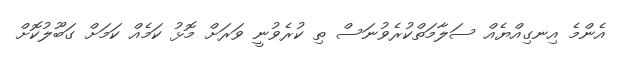
އެންމެ އިނގިއްޔެއް ސަލާމަތްކުރެވުނަސް ތި ކުރެވުނީ ވަރަށް މޮޅު ކަމެއް ކަމަށް ގަބޫލުކޮށް